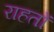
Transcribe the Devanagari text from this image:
राहतों